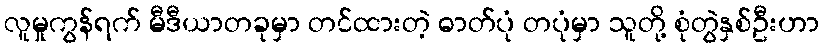
လူမှုကွန်ရက် မီဒီယာတခုမှာ တင်ထားတဲ့ ဓာတ်ပုံ တပုံမှာ သူတို့ စုံတွဲနှစ်ဦးဟာ